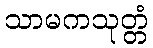
သာမကသုတ္တံ